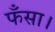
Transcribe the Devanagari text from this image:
फँसा।